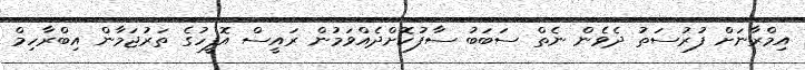
އިމްރާނަށް ފުރުސަތު ދެވެން ނެތް ސަބަބު ސާފުކޮށްދެއްވަމުން ރައީސް އޮފީހުގެ ތަރުޖަމާން އިބްރާހިމް